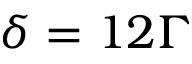
\delta = 1 2 \Gamma